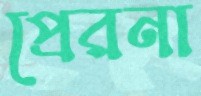
প্রেরনা